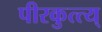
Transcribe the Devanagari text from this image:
पीरकुत्त्य्